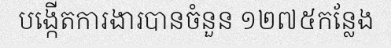
បង្កើតការងារបានចំនួន ១២៧៥កន្លែង